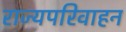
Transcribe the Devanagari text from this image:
राज्यपरिवाहन